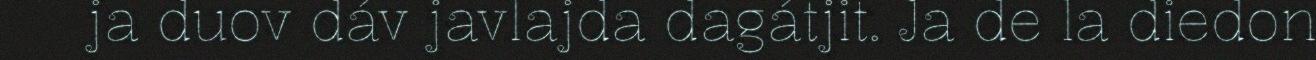
ja duov dáv javlajda dagátjit. Ja de la diedon